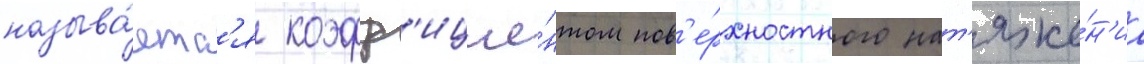
называ́етс'я коэфф'ицие́нтом пов'е́рхностного нат'яже́н'иа